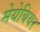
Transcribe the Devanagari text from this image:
मेयेबियर